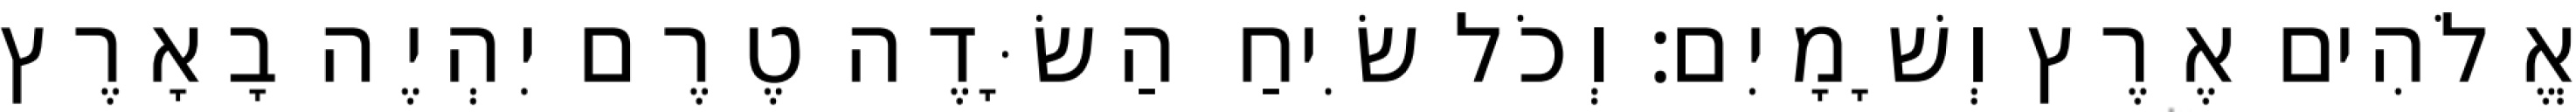
אֱלֹהִים אֶרֶץ וְשָׁמָיִם׃ וְכֹל שִׂיחַ הַשָּׂדֶה טֶרֶם יִהְיֶה בָאָרֶץ